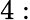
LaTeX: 4: